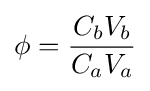
\phi ={\frac {C_{b}V_{b}}{C_{a}V_{a}}}